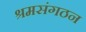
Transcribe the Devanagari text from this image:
श्रमसंगठन